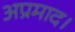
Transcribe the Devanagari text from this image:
अप्रमाद।